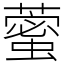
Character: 藌